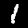
Label: 1